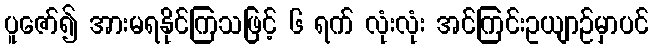
ပူဇော်၍ အားမရနိုင်ကြသဖြင့် ၆ ရက် လုံးလုံး အင်ကြင်းဥယျာဉ်မှာပင်